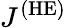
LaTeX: J^{\mathrm{(HE)}}